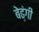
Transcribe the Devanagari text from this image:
बेढ्ंगी